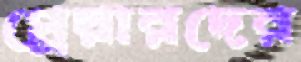
প্লেয়ারদের